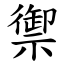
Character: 禦